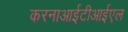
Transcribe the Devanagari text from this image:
करनाआईटीआईएल